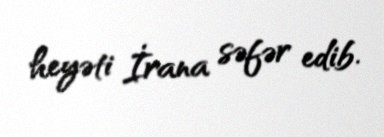
heyəti İrana səfər edib.